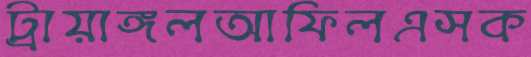
ট্রায়াঙ্গলআফিলএসক